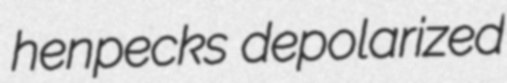
henpecks depolarized